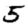
Digit: 5